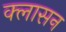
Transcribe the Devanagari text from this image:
क्लासन